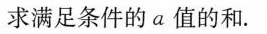
求满足条件的a值的和.